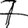
Digit: 7